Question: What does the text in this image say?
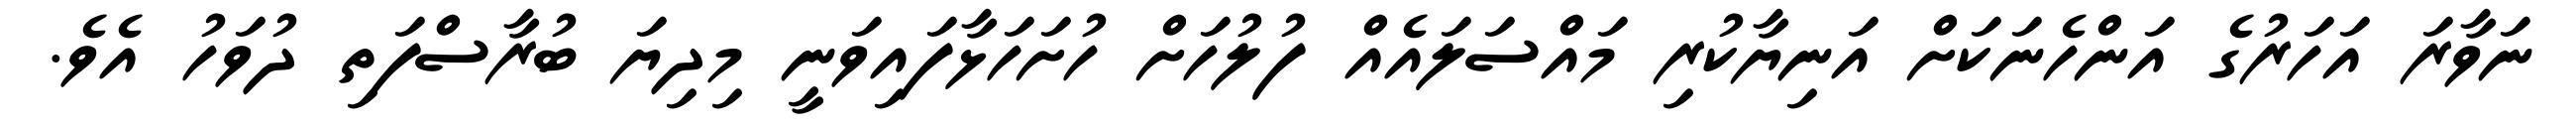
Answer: ނަވާރަ އަހަރުގެ އަންހެނަކަށް އަނިޔާކުރި މައްސަލައެއް ފުލުހަށް ހުށަހަޅާފައިވަނީ މިދިޔަ ބުރާސްފަތި ދުވަހު އެވެ.